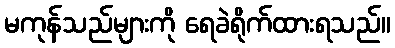
မကုန်သည်များကို ရေခဲရိုက်ထားရသည်။